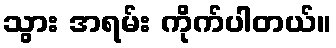
သွား အရမ်း ကိုက်ပါတယ်။